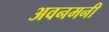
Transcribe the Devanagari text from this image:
अवनमनी